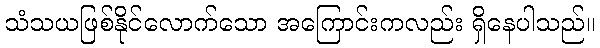
သံသယဖြစ်နိုင်လောက်သော အကြောင်းကလည်း ရှိနေပါသည်။